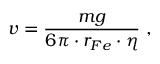
v = \frac { m g } { 6 \pi \cdot r _ { F e } \cdot \eta } ~ ,